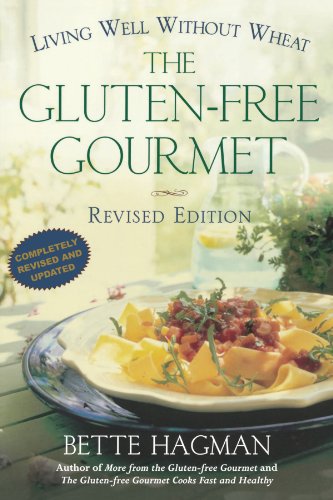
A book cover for The Gluten-Free Gourmet: Living Well without Wheat, Revised Edition; Bette Hagman; Cookbooks, Food & Wine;